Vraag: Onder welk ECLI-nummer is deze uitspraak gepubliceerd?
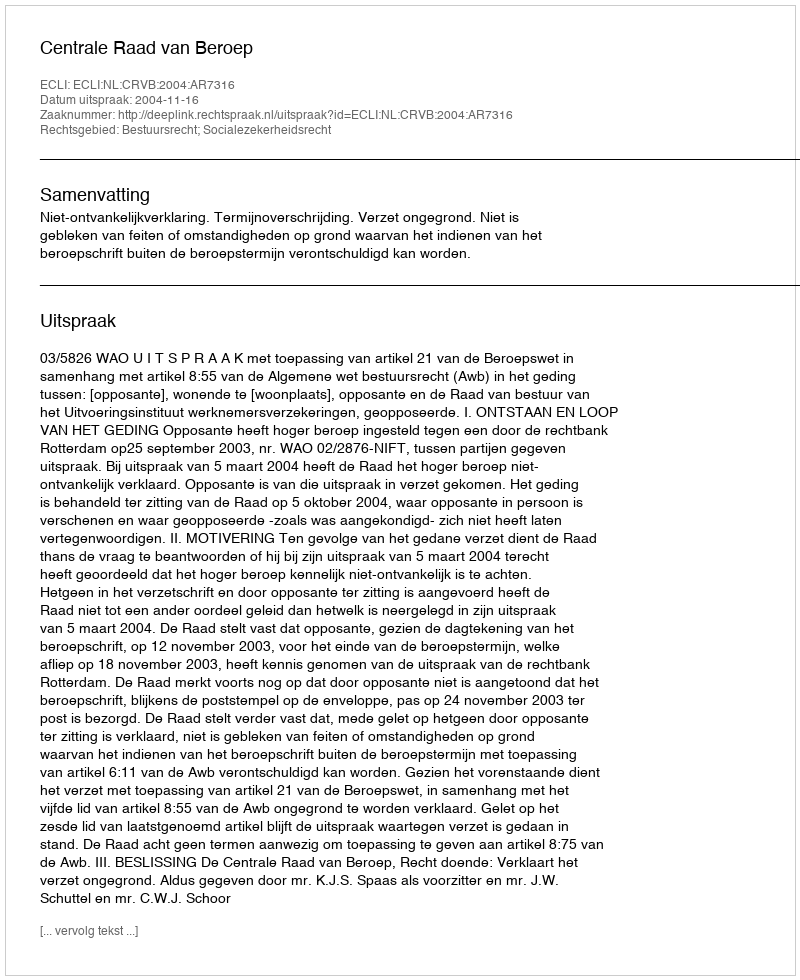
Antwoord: ECLI:NL:CRVB:2004:AR7316